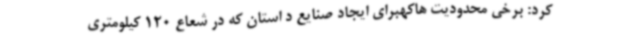
کرد: برخی محدودیت هاکهبرای ایجاد صنایع د استان که در شعاع 120 کیلومتری